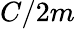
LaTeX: C/2m